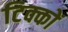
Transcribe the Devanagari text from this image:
टिक्कों